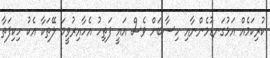
ކުރިކަމެއް އަޅުގަނޑުމެންނާއި ހިސާބަށް ވެސް އައީ ފަތިހު އެހާއިރުވީމަ ލޭތަކާ އެކު ހިކިފަތާ